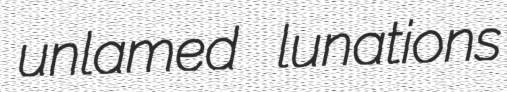
unlamed lunations